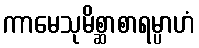
ကာမေသုမိစ္ဆာစာရမ္ပာဟံ